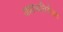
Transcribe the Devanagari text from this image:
अन्नाव्यतिरीक्त